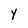
Character: y